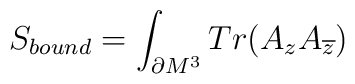
S_{bound}= \int_{\partial M^3} Tr(A_z A_{\overline{z}})